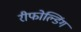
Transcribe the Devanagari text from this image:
रीफोल्डिंग